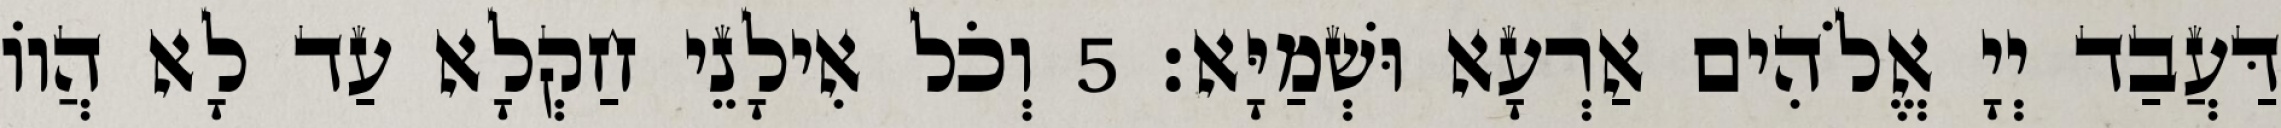
דַּעֲבַד יְיָ אֱלֹהִים אַרְעָא וּשְׁמַיָּא׃ 5 וְכֹל אִילָנֵי חַקְלָא עַד לָא הֲווֹ